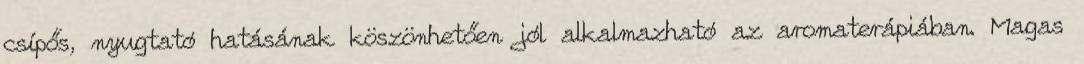
csípős, nyugtató hatásának köszönhetően jól alkalmazható az aromaterápiában. Magas